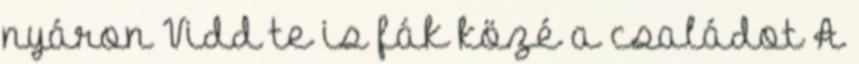
nyáron Vidd te is fák közé a családot A